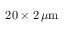
2 0 \times 2 \, \mu \mathrm m